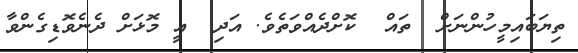
ތިޔަބައިމީހުންނަށް  ތައް  ކޮށްދެއްވަތެވެ. އަދި  އީ މޮޅަށް ދެނެވޮޑިގެންވާ